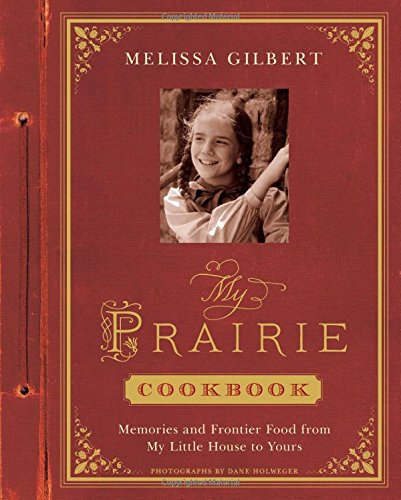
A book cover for My Prairie Cookbook: Memories and Frontier Food from My Little House to Yours; Melissa Gilbert; Cookbooks, Food & Wine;